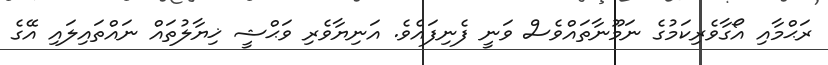
ރަޙްމާއި އޯގާވެރިކަމުގެ ނަމޫނާތައްވެސް ވަނީ ފެނިފައެވެ. އަނިޔާވެރި ވަޙްޝީ ޚިޔާލުތައް ނައްތައިލައި އޭގެ